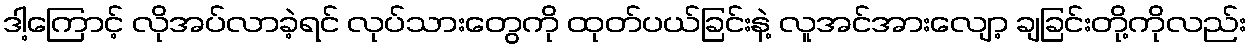
ဒါ့ကြောင့် လိုအပ်လာခဲ့ရင် လုပ်သားတွေကို ထုတ်ပယ်ခြင်းနဲ့ လူအင်အားလျော့ ချခြင်းတို့ကိုလည်း